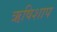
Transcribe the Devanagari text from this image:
ऋषिशाप